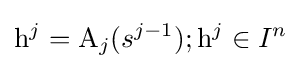
\mathrm {h} ^{j}=\mathrm {A} _{j}(s^{j-1});\mathrm {h} ^{j}\in I^{n}